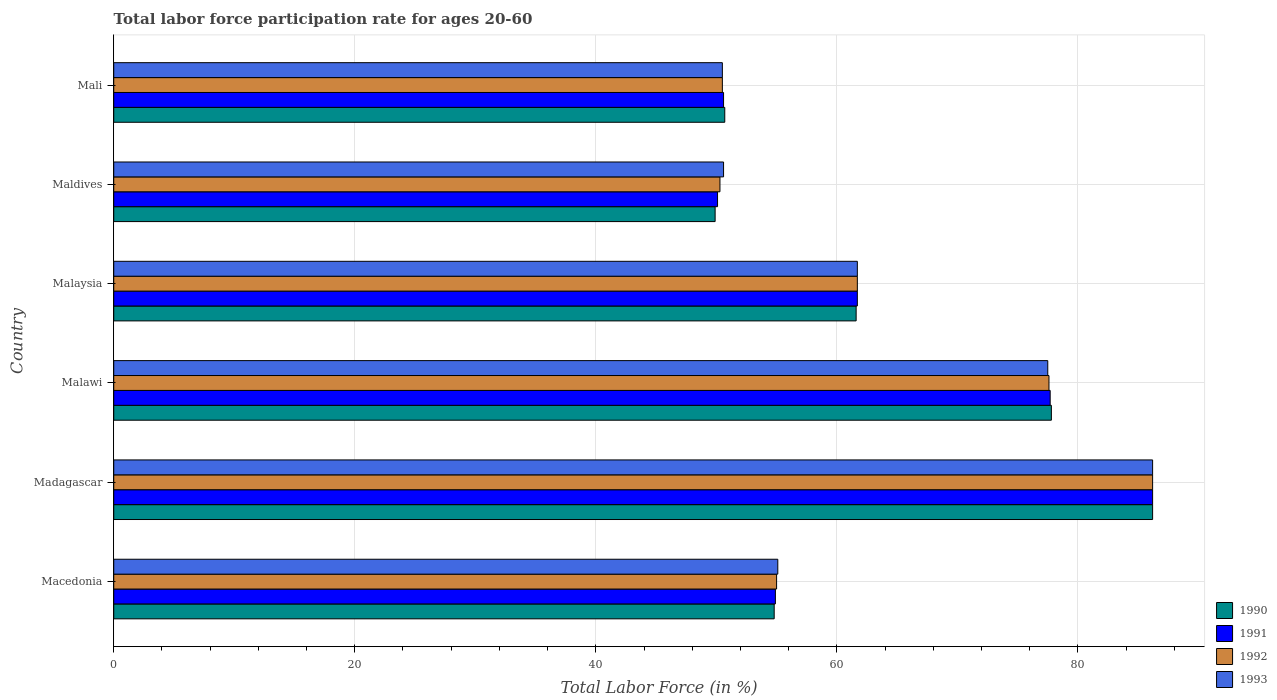
| Country | 1990 | 1991 | 1992 | 1993 |
 | --- | --- | --- | --- | --- |
 | Macedonia | 54.8 | 54.9 | 55 | 55.1 |
 | Madagascar | 86.2 | 86.2 | 86.2 | 86.2 |
 | Malawi | 77.8 | 77.7 | 77.6 | 77.5 |
 | Malaysia | 61.6 | 61.7 | 61.7 | 61.7 |
 | Maldives | 49.9 | 50.1 | 50.3 | 50.6 |
 | Mali | 50.7 | 50.6 | 50.5 | 50.5 |